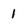
Character: 1